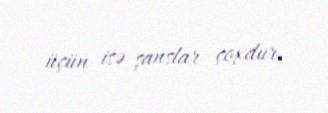
üçün isə şanslar çoxdur.